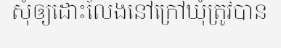
សុំឲ្យដោះលែងនៅក្រៅឃុំត្រូវបាន